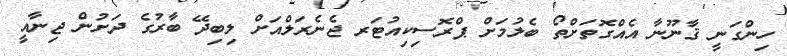
ހިންގަނީ ޤާނޫނާ އެއްގޮތަށްތޯ ބެލުމަށް ޕްރޮސިކިއުޓަރ ޖެނެރަލްއަށް ލިބިދޭ ބާރުގެ ދަށުން ޖިނާއީ